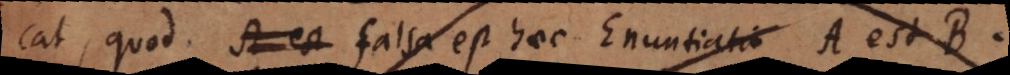
icat, quod A est falsa est haec Enuntiatio A est B.